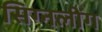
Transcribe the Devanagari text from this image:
सिग्नलींग